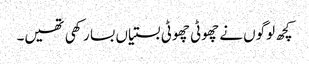
کچھ لوگوں نے چھوٹی چھوٹی بستیاں بسا رکھی تھیں۔